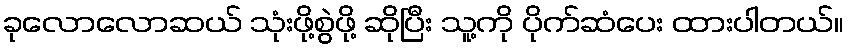
ခုလောလောဆယ် သုံးဖို့စွဲဖို့ ဆိုပြီး သူ့ကို ပိုက်ဆံပေး ထားပါတယ်။